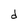
Character: d